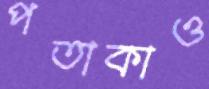
পতাকাও